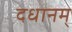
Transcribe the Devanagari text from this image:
दधानम्